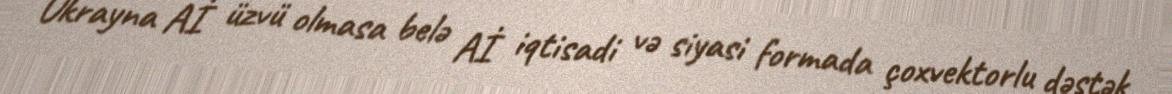
Ukrayna Aİ üzvü olmasa belə Aİ iqtisadi və siyasi formada çoxvektorlu dəstək